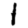
Digit: 1